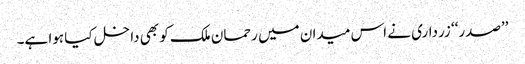
’’صدر‘‘ زرداری نے اس میدان میں رحمان ملک کو بھی داخل کیا ہوا ہے۔